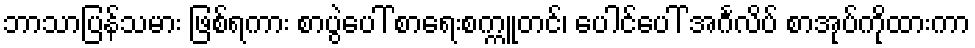
ဘာသာပြန်သမား ဖြစ်ရကား စာပွဲပေါ် စာရေးစက္ကူတင်၊ ပေါင်ပေါ် အင်္ဂလိပ် စာအုပ်ကိုထားကာ